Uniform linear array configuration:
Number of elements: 12
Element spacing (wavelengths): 0.25
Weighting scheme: hamming
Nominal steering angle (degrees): -45
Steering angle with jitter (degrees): -43.199
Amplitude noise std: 0.05
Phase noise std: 0.05

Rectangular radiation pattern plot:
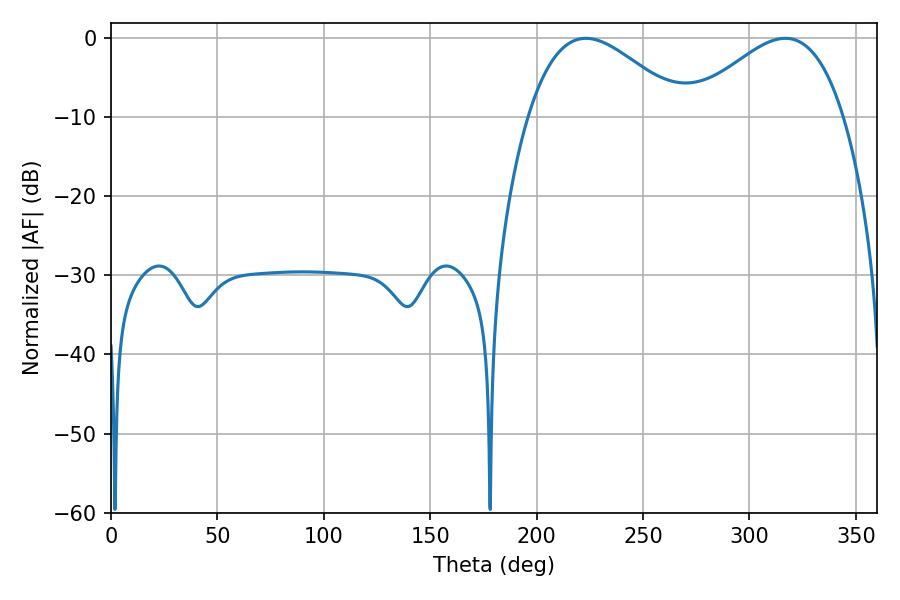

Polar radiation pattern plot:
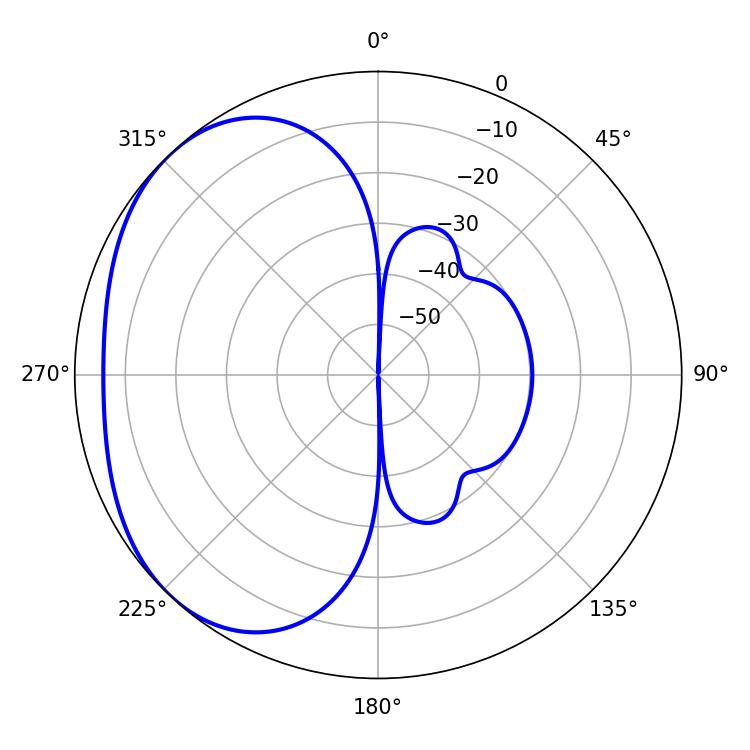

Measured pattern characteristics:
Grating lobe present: FALSE
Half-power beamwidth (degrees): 39.24
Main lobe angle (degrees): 223.2